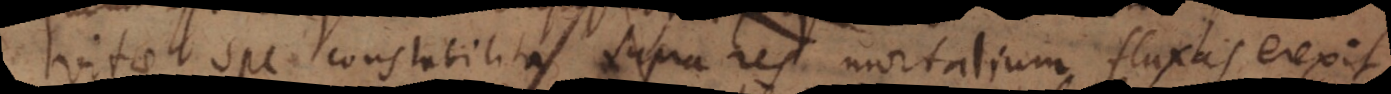
vitae spe constabilita supra res mortalium fluxas erexit,